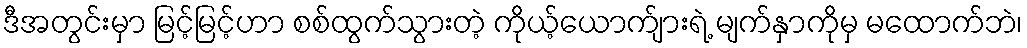
ဒီအတွင်းမှာ မြင့်မြင့်ဟာ စစ်ထွက်သွားတဲ့ ကိုယ့်ယောက်ျားရဲ့ မျက်နှာကိုမှ မထောက်ဘဲ၊